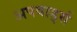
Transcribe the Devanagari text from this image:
अपवार्ड्स